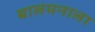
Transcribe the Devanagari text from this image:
बालमनाला